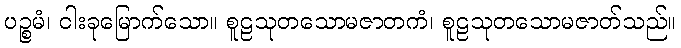
ပဉ္စမံ၊ ငါးခုမြောက်သော။ စူဠသုတသောမဇာတကံ၊ စူဠသုတသောမဇာတ်သည်။